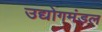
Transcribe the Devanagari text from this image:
उद्योगमंडल